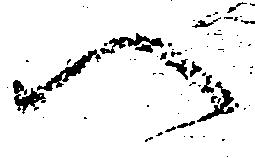
へ